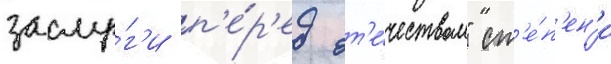
заслу́г'и п'е́р'ед от'е́чеством" ст'е́п'ен'и